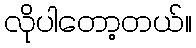
လိုပါတော့တယ်။